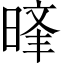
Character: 𣈝